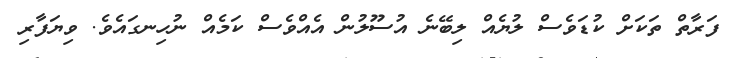
ފަރާތް ތަކަށް ކުޑަވެސް ލުޔެއް ލިބޭނެ އުސޫލުން އެއްވެސް ކަމެއް ނުހިނގައެވެ. ވިޔަފާރި